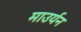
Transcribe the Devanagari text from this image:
माउर्यन